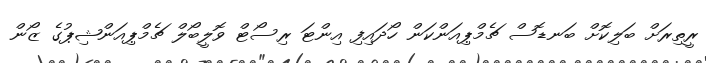
ރީތިރަށް ބަލިކޮށް ބަނޑޮސް ޗެމްޕިއަންކަން ހޯދައިފި އިންޓަ ރިސޯޓް ވޮލީބޯލް ޗެމްޕިއަންޝިޕުގެ ޒޯން